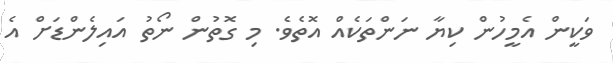
ވަކީން އެމީހުން ކިޔާ ނަންތަކެއް އޮތެވެ. މި ގޮތުން ނޯތު އައިލެންޑަށް އެ